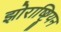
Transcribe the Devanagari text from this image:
झोराष्ष्ट्रियन